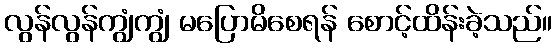
လွန်လွန်ကျွံကျွံ မပြောမိစေရန် စောင့်ထိန်းခဲ့သည်။